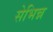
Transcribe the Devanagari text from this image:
सेभिन्न